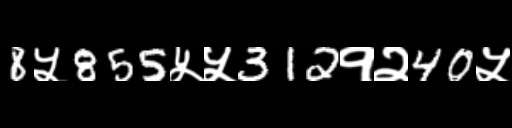
Text: 8५855५५312१२40५